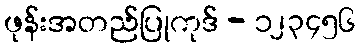
ဖုန်းအတည်ပြုကုဒ် - ၁၂၃၄၅၆